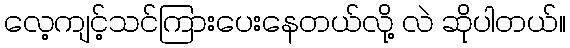
လေ့ကျင့်သင်ကြားပေးနေတယ်လို့ လဲ ဆိုပါတယ်။